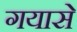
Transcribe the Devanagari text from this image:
गयासे